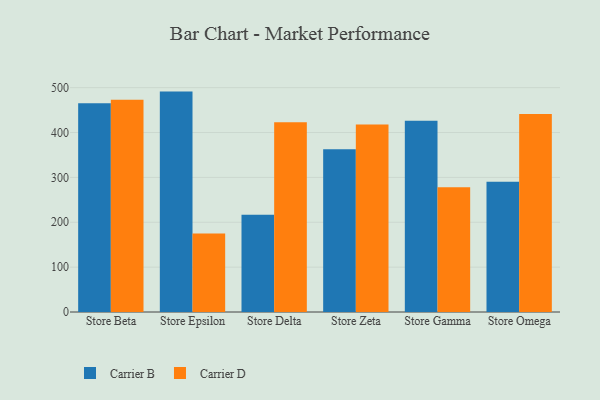
{"axis": {"x": "Store", "y": "Page Views"}, "legend": ["Carrier B", "Carrier D"], "data": [{"x": "Store Beta", "y": 465.4, "type": "Carrier B"}, {"x": "Store Beta", "y": 473.1, "type": "Carrier D"}, {"x": "Store Epsilon", "y": 491.2, "type": "Carrier B"}, {"x": "Store Epsilon", "y": 174.8, "type": "Carrier D"}, {"x": "Store Delta", "y": 216.5, "type": "Carrier B"}, {"x": "Store Delta", "y": 423.0, "type": "Carrier D"}, {"x": "Store Zeta", "y": 362.9, "type": "Carrier B"}, {"x": "Store Zeta", "y": 417.9, "type": "Carrier D"}, {"x": "Store Gamma", "y": 426.3, "type": "Carrier B"}, {"x": "Store Gamma", "y": 278.2, "type": "Carrier D"}, {"x": "Store Omega", "y": 290.5, "type": "Carrier B"}, {"x": "Store Omega", "y": 441.0, "type": "Carrier D"}]}